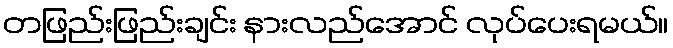
တဖြည်းဖြည်းချင်း နားလည်အောင် လုပ်ပေးရမယ်။